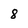
Character: 8